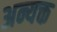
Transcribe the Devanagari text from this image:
अन्यक्त